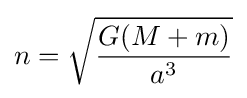
n={\sqrt {\frac {G(M+m)}{a^{3}}}}